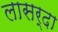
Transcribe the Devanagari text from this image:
लासर्दा